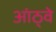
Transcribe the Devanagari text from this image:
आंठ्वे